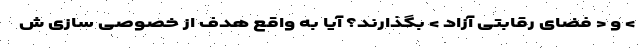
> و < فضای رقابتی آزاد > بگذارند؟ آیا به واقع هدف از خصوصی سازی ش